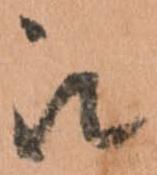
被